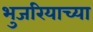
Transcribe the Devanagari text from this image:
भुजरियाच्या